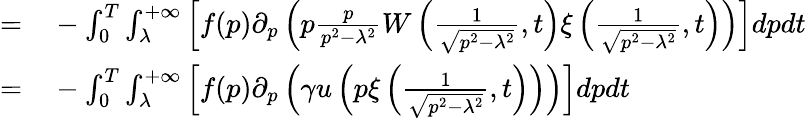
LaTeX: \begin{array}{rl}{=}&{{}-\int_{0}^{T}\int_{\lambda}^{+\infty}\left[f(p)\partial_{p}\left(p\frac{p}{p^{2}-\lambda^{2}}W\left(\frac{1}{\sqrt{p^{2}-\lambda^{2}}},t\right)\xi\left(\frac{1}{\sqrt{p^{2}-\lambda^{2}}},t\right)\right)\right]dpdt}\\ {=}&{{}-\int_{0}^{T}\int_{\lambda}^{+\infty}\left[f(p)\partial_{p}\left(\gamma u\left(p\xi\left(\frac{1}{\sqrt{p^{2}-\lambda^{2}}},t\right)\right)\right)\right]dpdt}\end{array}